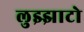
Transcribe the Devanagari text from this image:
लुझ्झाटो